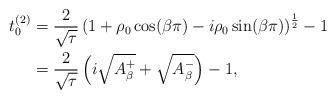
LaTeX: \begin{align*}t_0^{(2)} &= \frac{2}{\sqrt{\tau}} \left( 1+\rho_0 \cos (\beta \pi) -i \rho_0 \sin (\beta \pi) \right)^{\frac{1}{2}}-1 \\&= \frac{2}{\sqrt{\tau}} \left( i \sqrt{A^+_{\beta}}+ \sqrt{A^-_{\beta}} \right)-1,\end{align*}